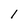
Character: 1